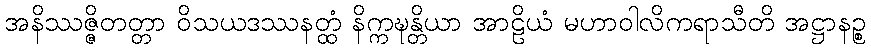
အနိဿဇ္ဇိတတ္တာ ဝိသယဒဿနတ္ထံ နိက္ကဍ္ဎန္တိယာ အာဠိယံ မဟာဝါလိကရာသီတိ အဋ္ဌာနဉ္စ